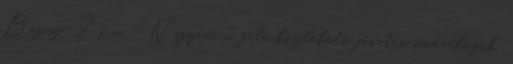
Bajcsy-Zs. u. - Nagyrác u. felé közlekedő járatra vonatkozik.